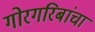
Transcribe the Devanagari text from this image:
गोरगरिबांचा